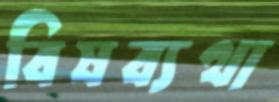
বিষব্যথা